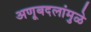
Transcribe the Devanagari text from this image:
अणूबदलांमुळे